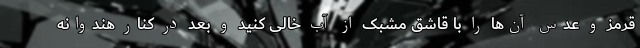
قرمز و عدس آن‌ها را با قاشق مشبک از آب خالی کنید و بعد در کنار هندوانه